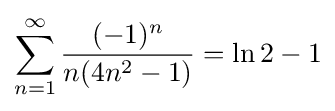
\sum _{n=1}^{\infty }{\frac {(-1)^{n}}{n(4n^{2}-1)}}=\ln 2-1